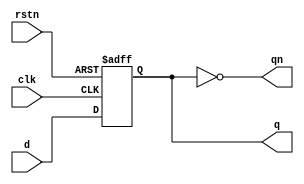
module dff (
    `ifdef USE_POWER_PINS
        inout vccd1,	// User area 1 1.8V supply
        inout vssd1,	// User area 1 digital ground
    `endif
    input d,
    input clk,
    input rstn,
    output reg q,
    output qn);

   always @ (posedge clk or negedge rstn)
      if (!rstn)
         q <= 1;
      else  
         q <= d;

   assign qn = ~q;
endmodule

module ref_count (
    `ifdef USE_POWER_PINS
        inout vccd1,	// User area 1 1.8V supply
        inout vssd1,	// User area 1 digital ground
    `endif
    input clk,
    input clear,
    output done);
   
   wire  q0;
   wire  qn0;
   wire  q1;
   wire  qn1;
   wire  q2;
   wire  qn2;
   wire  q3;
   wire  qn3;
   wire  q4;
   wire  qn4;
   wire  q5;
   wire  qn5;
   wire  q6;
   wire  qn6;
   wire  q7;
   wire  qn7;
   
   
   dff   dff0 ( .d (qn0), 
                .clk (clk),
                .rstn (clear),
                .q (q0),
                .qn (qn0));

   dff   dff1 ( .d (qn1), 
                .clk (q0),
                .rstn (clear),
                .q (q1),
                .qn (qn1));

   dff   dff2 ( .d (qn2), 
                .clk (q1),
                .rstn (clear),
                .q (q2),
                .qn (qn2));

   dff   dff3 ( .d (qn3), 
                .clk (q2),
                .rstn (clear),
                .q (q3),
                .qn (qn3));
                
   dff   dff4 ( .d (qn4),  
                .clk (q3),  
                .rstn (clear),  
                .q (q4),  
                .qn (qn4));
                
   dff   dff5 ( .d (qn5),  
                .clk (q4),  
                .rstn (clear),  
                .q (q5),  
                .qn (qn5));
                
   dff   dff6 ( .d (qn6),  
                .clk (q5),  
                .rstn (clear),  
                .q (q6),  
                .qn (qn6));  
                
   dff   dff7 ( .d (qn7),  
                .clk (q6),  
                .rstn (clear),  
                .q (q7),  
                .qn (qn7)); 

   assign done = qn7;

endmodule

module PTAT_count (
    `ifdef USE_POWER_PINS
        inout vccd1,	// User area 1 1.8V supply
        inout vssd1,	// User area 1 digital ground
    `endif
    input clk,
    input clear,
    output [11:0] out);

    wire  q0;
    wire  qn0;
    wire  q1;
    wire  qn1;
    wire  q2;
    wire  qn2;
    wire  q3;
    wire  qn3;
    wire  q4;
    wire  qn4;
    wire  q5;
    wire  qn5;
    wire  q6;
    wire  qn6;
    wire  q7;
    wire  qn7;
    wire  q8;
    wire  qn8;
    wire  q9;
    wire  qn9;
    wire  q10;
    wire  qn10;
    wire  q11;
    wire  qn11;
   
   
   dff   dff0 ( .d (qn0), 
                .clk (clk),
                .rstn (clear),
                .q (q0),
                .qn (qn0));

   dff   dff1 ( .d (qn1), 
                .clk (q0),
                .rstn (clear),
                .q (q1),
                .qn (qn1));

   dff   dff2 ( .d (qn2), 
                .clk (q1),
                .rstn (clear),
                .q (q2),
                .qn (qn2));

   dff   dff3 ( .d (qn3), 
                .clk (q2),
                .rstn (clear),
                .q (q3),
                .qn (qn3));
                
   dff   dff4 ( .d (qn4),  
                .clk (q3),  
                .rstn (clear),  
                .q (q4),  
                .qn (qn4));
                
   dff   dff5 ( .d (qn5),  
                .clk (q4),  
                .rstn (clear),  
                .q (q5),  
                .qn (qn5));
                
   dff   dff6 ( .d (qn6),  
                .clk (q5),  
                .rstn (clear),  
                .q (q6),  
                .qn (qn6));  
                
   dff   dff7 ( .d (qn7),  
                .clk (q6),  
                .rstn (clear),  
                .q (q7),  
                .qn (qn7));

    dff   dff8 ( .d (qn8),  
                .clk (q7),  
                .rstn (clear),  
                .q (q8),  
                .qn (qn8));

    dff   dff9 ( .d (qn9),  
                .clk (q8),  
                .rstn (clear),  
                .q (q9),  
                .qn (qn9));

    dff   dff10 ( .d (qn10),  
                .clk (q9),  
                .rstn (clear),  
                .q (q10),  
                .qn (qn10));

    dff   dff11 ( .d (qn11),  
                .clk (q10),  
                .rstn (clear),  
                .q (q11),  
                .qn (qn11)); 

   assign out = {qn11, qn10, qn9, qn8, qn7, qn6, qn5, qn4, qn3, qn2, qn1, qn0};

endmodule


module freq_to_dig (
    `ifdef USE_POWER_PINS
        inout vccd1,	// User area 1 1.8V supply
        inout vssd1,	// User area 1 digital ground
    `endif
    input F_REF,
    input start,
    output [11:0] out_d,
    output [12:0] io_oeb,
    output done);

    wire  int_F_PTAT;
    wire int_done;
    
    wire [11:0] data;

    and a1(int_F_REF, F_REF, !int_done); 
    and a2(int_F_PTAT, F_REF, !int_done);

    PTAT_count PTAT_count_inst ( .clk (int_F_PTAT),
                                .clear (start),
                                .out (data[11:0]));

    ref_count ref_count_inst ( .clk (int_F_REF), 
                               .clear (start),
                               .done (int_done));


    assign out_d = data[11:0];
    assign done = int_done;
    assign io_oeb = 13'b0000000000000;

endmodule